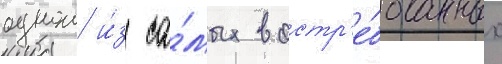
однои и́з са́мых востр'е́бованных